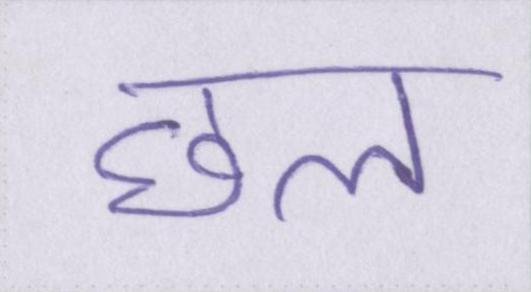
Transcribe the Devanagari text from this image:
छल